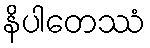
နိပါတေဿံ